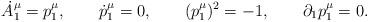
LaTeX: \begin{align*}\dot A^\mu_1=p^\mu_1, \qquad \dot p^\mu_1=0, \qquad(p^\mu_1)^2=-1, \qquad \partial_1p^\mu_1=0.\end{align*}